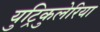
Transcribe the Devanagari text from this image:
युट्रिकुलेरिया